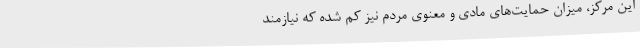
این مرکز، میزان حمایت‌های مادی و معنوی مردم نیز کم شده که نیازمند